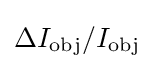
\Delta I_{\text{obj}}/I_{\text{obj}}